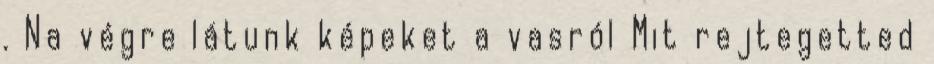
. Na végre látunk képeket a vasról Mit rejtegetted